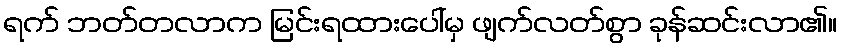
ရက် ဘတ်တလာက မြင်းရထားပေါ်မှ ဖျက်လတ်စွာ ခုန်ဆင်းလာ၏။